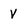
Character: v